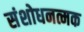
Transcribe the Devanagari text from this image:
संशोधनत्मक